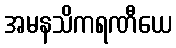
အမနသိကရဏီယေ